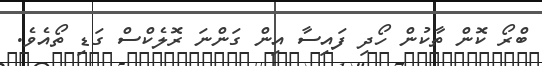
ބްރޯ ކޮން ތާކުން ހޯދި ފައިސާ އިން ގަންނަ ރޮލެކްސް ގަޑި ތޯއެވެ.